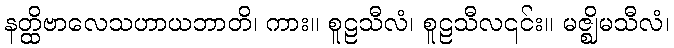
နတ္ထိဗာလေသဟာယဘာတိ၊ ကား။ စူဠသီလံ၊ စူဠသီလ၎င်း။ မဇ္ဈိမသီလံ၊